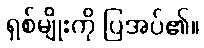
ရှစ်မျိုးကို ပြအပ်၏။